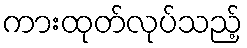
ကားထုတ်လုပ်သည့်